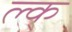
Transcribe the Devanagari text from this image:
ल्क्